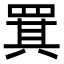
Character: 𦋊